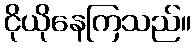
ငိုယိုနေကြသည်။